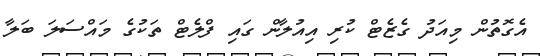
އެގޮތުން މިއަދު ގެޒެޓް ކުރި އިއުލާން ގައި ފްލެޓް ތަކުގެ މައްސަލަ ބަލާ